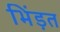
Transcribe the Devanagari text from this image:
भिंड़त